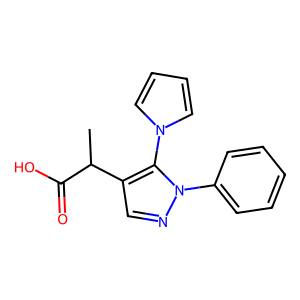
SMILES: CC(C(=O)O)c1cnn(-c2ccccc2)c1-n1cccc1
Inhibits HIV replication: No